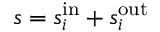
s = s _ { i } ^ { \mathrm { i n } } + s _ { i } ^ { \mathrm { o u t } }